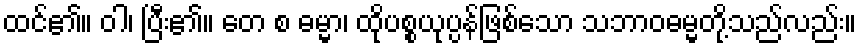
ထင်၏။ ဝါ၊ ပြီး၏။ တေ စ ဓမ္မာ၊ ထိုပစ္စယုပ္ပန်ဖြစ်သော သဘာဝဓမ္မတို့သည်လည်း။